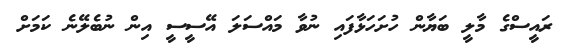
ރައީސްގެ މާލީ ބަޔާން ހުށަހަޅާފައި ނުވާ މައްސަލަ އޭސީސީ އިން ނުބެލޭނެ ކަމަށް